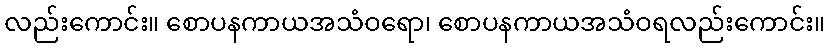
လည်းကောင်း။ စောပနကာယအသံဝရော၊ စောပနကာယအသံဝရလည်းကောင်း။